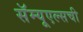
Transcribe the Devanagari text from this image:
सॅम्यूएल्सची